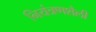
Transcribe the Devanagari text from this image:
नियंत्रणशैली